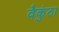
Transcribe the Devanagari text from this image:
वैकुंठा